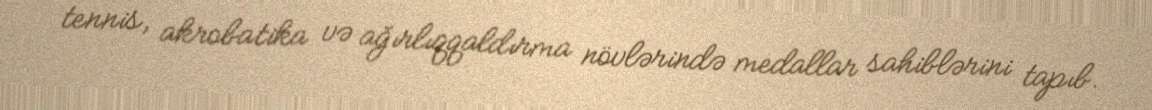
tennis, akrobatika və ağırlıqqaldırma növlərində medallar sahiblərini tapıb.